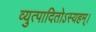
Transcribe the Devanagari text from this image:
व्युत्पादितोऽस्यहम्‌।